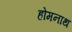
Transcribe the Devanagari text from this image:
होमनाथ